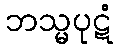
ဘသ္မပုဋံ